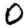
Digit: 0